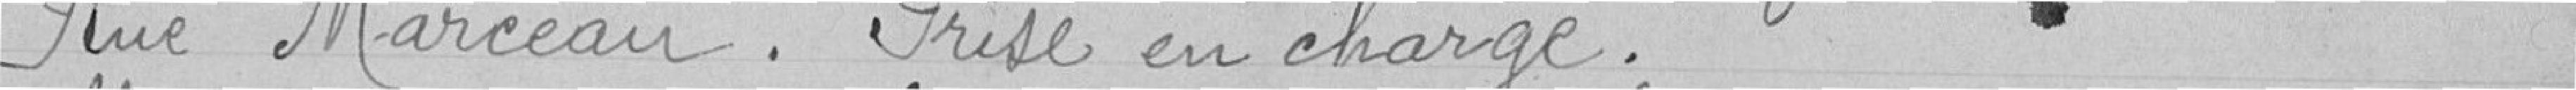
Rue Marceau. Prise en charge .